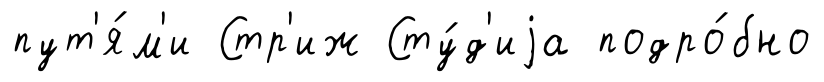
пут'я́м'и Стр'иж Сту́д'иjа подро́бно